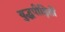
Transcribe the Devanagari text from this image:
युद्धपीड़ितों